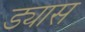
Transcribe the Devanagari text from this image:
ड्यास